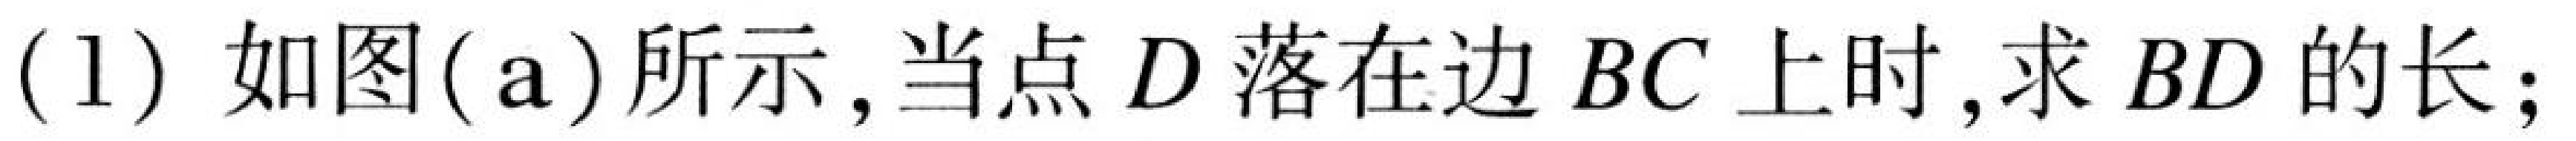
(1) 如图(a)所示,当点 \(D\) 落在边 \(BC\) 上时,求 \(BD\) 的长;